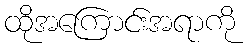
ထိုအကြောင်းအရာကို